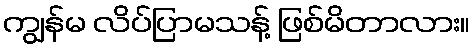
ကျွန်မ လိပ်ပြာမသန့် ဖြစ်မိတာလား။